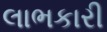
લાભકારી